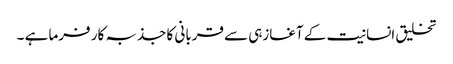
تخلیق انسانیت کے آغازہی سے قربانی کا جذبہ کار فرما ہے ۔